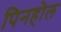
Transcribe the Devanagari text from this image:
पिनहोल